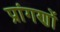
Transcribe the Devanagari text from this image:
प्रांगणों